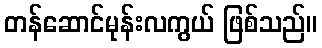
တန်ဆောင်မုန်းလကွယ် ဖြစ်သည်။